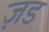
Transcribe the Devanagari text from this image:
ज़ड